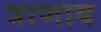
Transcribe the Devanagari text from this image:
त्राणाय